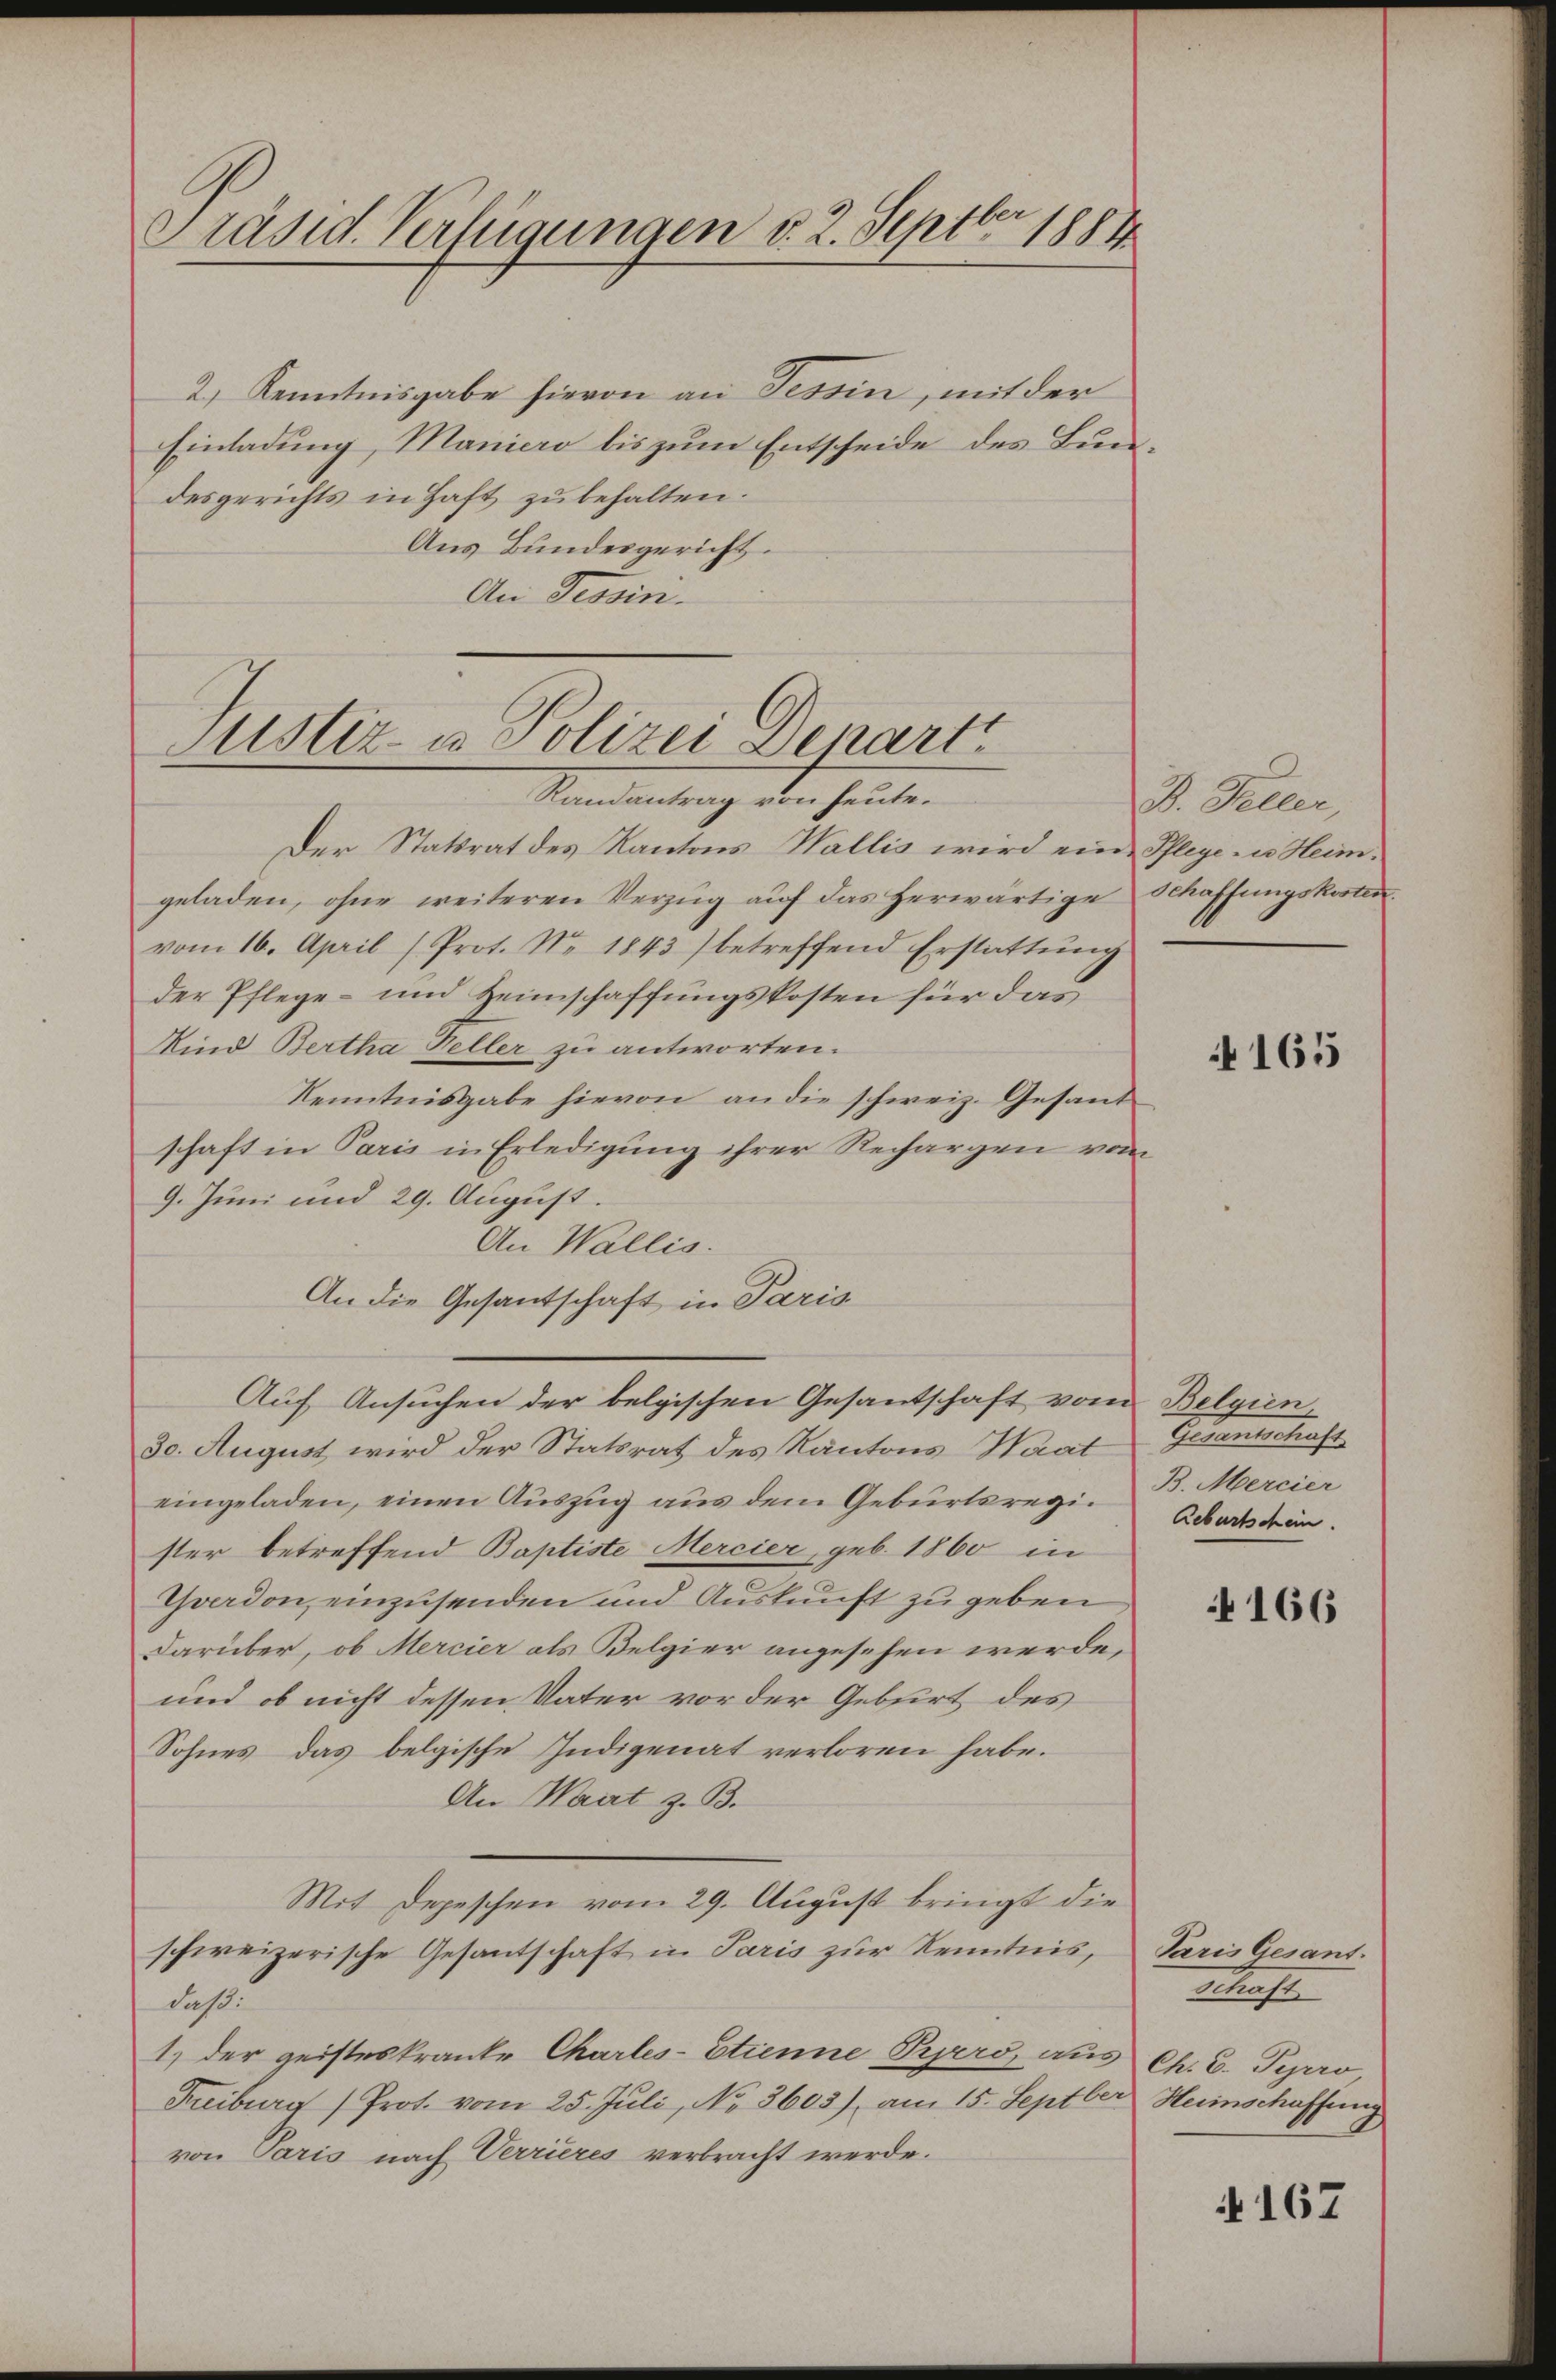
Präsid. Verfügungen v. 2. Septbr 1884

2.) Kenntnisgabe hievon an Tessin, mit der
Einladung, Maniero bis zum Entscheide des Bundesgerichts in Haft zu behalten.
Aus Bundergericht.
An Tessini.
Der Statsrat des Kantons Wallis wird eine Pflege u. Heim.
geladen, ohne weiteren Verzŭg aŭf das herwärtige Schaffungskosten.
vom 16. April (Prot. No. 1843) betreffend Erstattŭng
der Pflege- und Heimschaffungskosten für das
Kind Bertha Heller zu antworten.
Kenntnisgabe hievon an die schweiz. Gesandschaft in Paris in Erledigung ihrer Rechargen vom
9. Juni und 29. August.
An Wallis.
An die Gesantschaft in Paris
Auf Ansuchen der belgischen Gesantschaft vom Belgien,
30. August wird der Statsrat des Kantons Waat
eingeladen, einen Auszug aus dem Geburtsregi. B. Mercier
ster betreffend Baptiste Mercier, geb. 1860 in
Yverdon, einzusenden und Auskunft zu geben
darüber, ob Mercier als Belgier angesehen werde,
und ob nicht dessen Vater vor der Gebirt des
Sohnes, das belgische Indigenat verloren habe.
An Waat z. B.
Mit Depeschen vom 29. August bringt die
schweizerische Gesantschaft in Paris zur Kenntnis,
daß.
1.) der geisteskranke Charles-Etienne Pipero, aus Ch. E. Pipero,
Freiburg) Prot. vom 25. Juli, No. 3603) am 15. Septber Heimschaffung
von Paris nach Verrieres verbracht werde.

Justiz- u. Polizei Denart
Randantrag von heute.

D. Peller,

165

Grandschaft
Geburtschein.

166

Paris Gesant.
Schaft

N 167